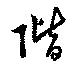
階